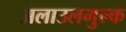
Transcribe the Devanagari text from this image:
अलाउलमुल्क